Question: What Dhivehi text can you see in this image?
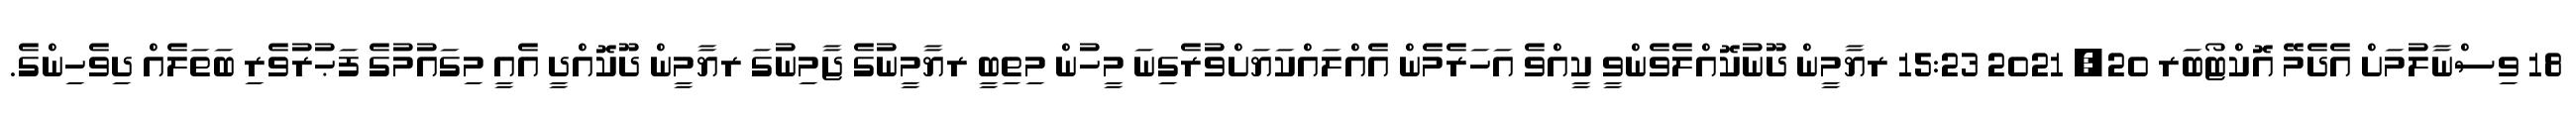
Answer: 18 ވިސްނާލުމަށް އެދެމޭ އޮކްޓޯބަރ 20, 2021 15:23 ރޔާމީން ދޫނުކޮއްލެވެންވީ ކީއްވެ އަހަރެމެން އެއްލައްކަޔަށްވުރެގިނަ މީހުން މިތިބީ ރޔާމީނުގެ ޖާމިނުގަ ރޔާމީން ދޫކޮއްދީ އެއީ މިގައުމުގެ ފަޙުރުވެރި ބަތަލެއް ދިވެހިންގެ.